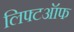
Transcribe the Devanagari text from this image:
लिफ्टऑफ